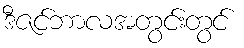
ဒီဇင်ဘာလအတွင်းတွင်